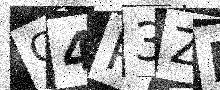
Text: C4P3ZD